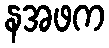
နအဖက